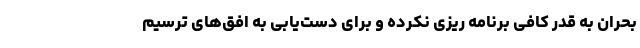
بحران به قدر کافی برنامه ریزی نکرده و برای دست‌یابی به افق‌های ترسیم